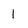
Character: 1